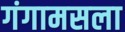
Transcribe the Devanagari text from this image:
गंगामसला